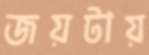
জয়টায়